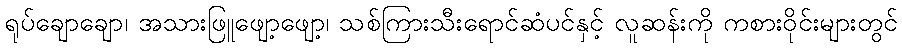
ရုပ်ချောချော၊ အသားဖြူဖျော့ဖျော့၊ သစ်ကြားသီးရောင်ဆံပင်နှင့် လူဆန်းကို ကစားဝိုင်းများတွင်